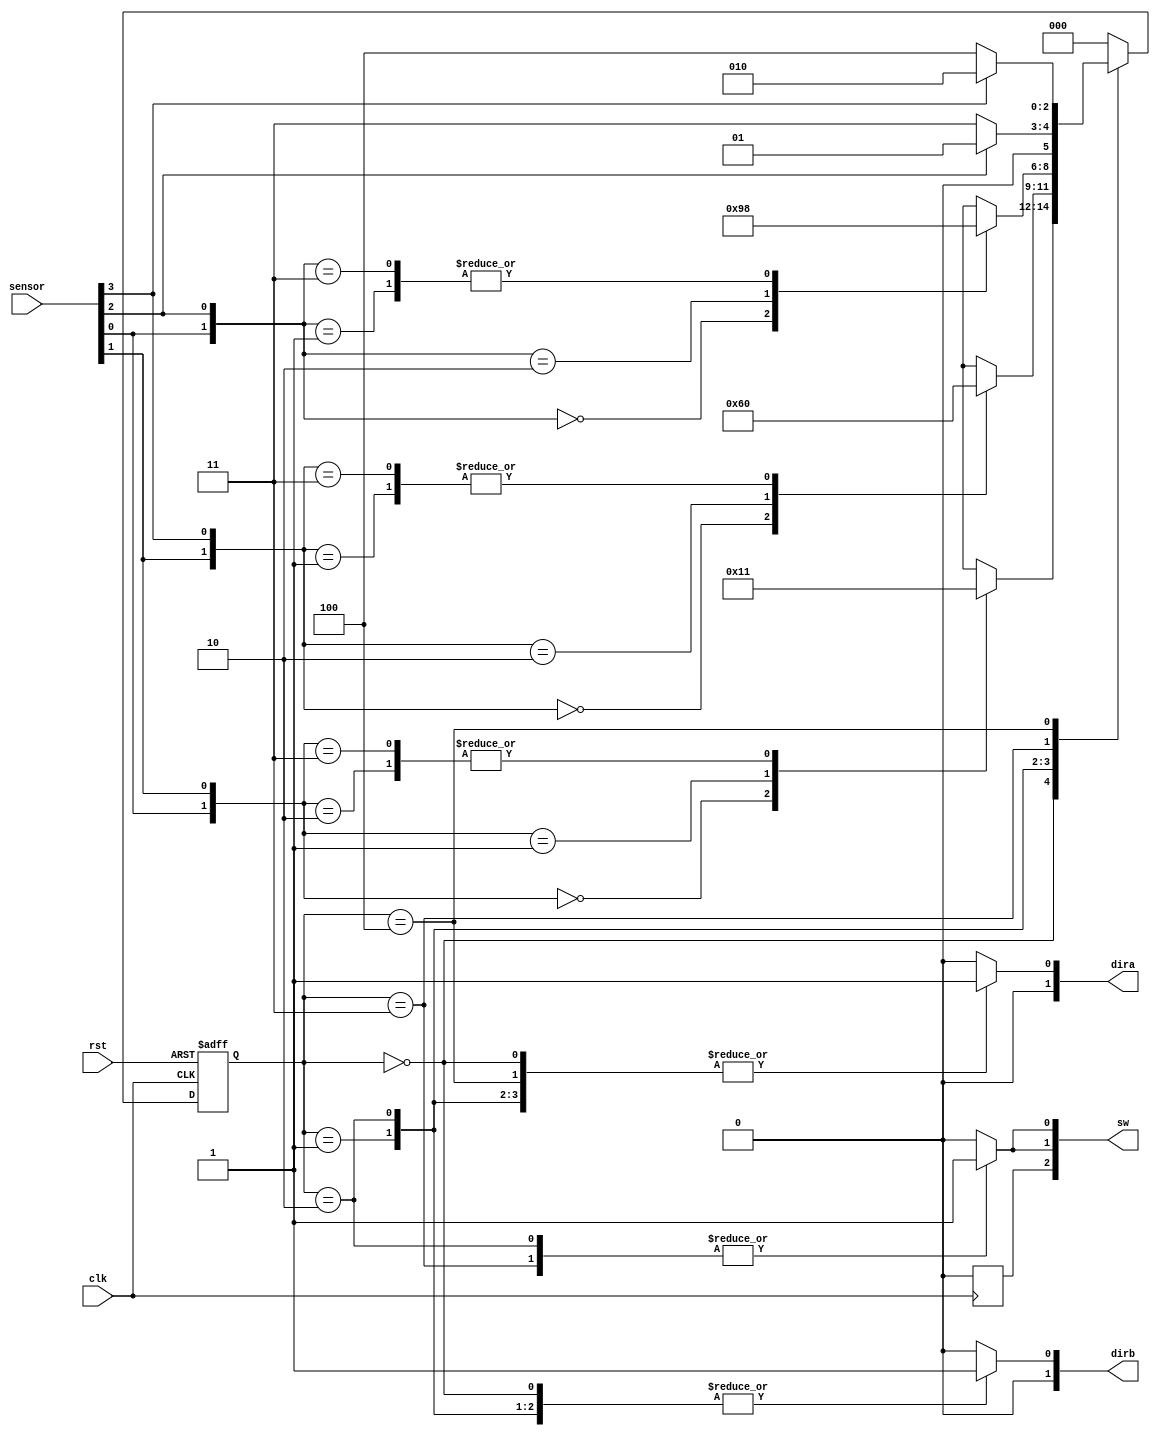
module trainsim
(
	input wire        rst,
	input wire        clk,
	input wire [4:0]  sensor,
	output reg [2:0]  sw,
	output reg [1:0]  dira,
	output reg [1:0]  dirb
);	
	localparam ABOUT = 0;
	localparam AIN   = 1;
	localparam BIN   = 2;
	localparam ASTOP = 3;
	localparam BSTOP = 4;
	
	reg [2:0]  state;
	wire [1:0] s12 = {sensor[0], sensor[1]};
	wire [1:0] s13 = {sensor[0], sensor[2]};
	wire [1:0] s24 = {sensor[1], sensor[3]};
	
	always @ (posedge clk) begin
		sw[2] = 0;
	end
	
	always @ (posedge clk or posedge rst) begin
		if (rst)
			state = ABOUT;
		else
			case (state)
				ABOUT:
					case (s12)
						'b00:    state = ABOUT;
						'b01:    state = BIN;
						'b10:    state = AIN;
						'b11:    state = AIN;
						default: state = ABOUT;
					endcase
					
				AIN:
					case (s24)
						'b00:    state = AIN;
						'b01:    state = ABOUT;
						'b10:    state = BSTOP;
						'b11:    state = ABOUT;
						default: state = ABOUT;
					endcase
				
				BIN:		
					case (s13)
						'b00:    state = BIN;
						'b01:    state = ABOUT;
						'b10:    state = ASTOP;
						'b11:    state = ABOUT;
						default: state = ABOUT;
					endcase
				
				ASTOP:
					if (sensor[2])
						state = AIN;
					else
						state = ASTOP;
				
				BSTOP:
					if (sensor[3])
						state = BIN;
					else
						state = BSTOP;
				
				default:
					state = ABOUT;
			endcase
	end
	
	always @ (state) begin
		case (state)
			ABOUT: begin
				sw[0] = 0;
				sw[1] = 0;
				dira = 'b01;
				dirb = 'b01;
			end
				
			AIN: begin
				sw[0] = 0;
				sw[1] = 0;
				dira = 'b01;
				dirb = 'b01;
			end
				
			BIN: begin
				sw[0] = 1;
				sw[1] = 1;
				dira = 'b01;
				dirb = 'b01;
			end
				
			ASTOP: begin
				sw[0] = 1;
				sw[1] = 1;
				dira = 'b00;
				dirb = 'b01;
			end
				
			BSTOP: begin
				sw[0] = 0;
				sw[1] = 0;
				dira = 'b01;
				dirb = 'b00;
			end
				
			default: begin
				sw[0] = 0;
				sw[1] = 0;
				dira = 'b00;
				dirb = 'b00;
			end		
		endcase
	end
	
endmodule